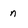
Character: n